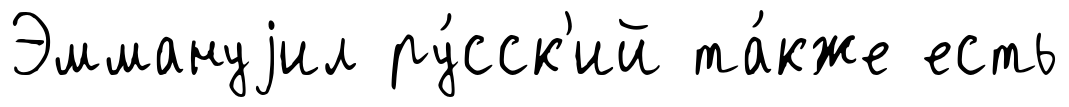
Эммануjил ру́сск'ий та́кже есть